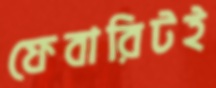
ফেবারিটই